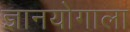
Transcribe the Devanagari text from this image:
ज्ञानयोगाला